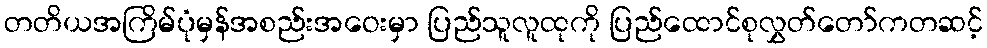
တတိယအကြိမ်ပုံမှန်အစည်းအဝေးမှာ ပြည်သူလူထုကို ပြည်ထောင်စုလွှတ်တော်ကတဆင့်